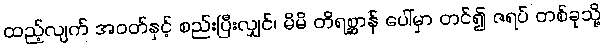
ထည့်လျက် အဝတ်နှင့် စည်းပြီးလျှင်၊ မိမိ တိရစ္ဆာန် ပေါ်မှာ တင်၍ ဇရပ် တစ်ခုသို့